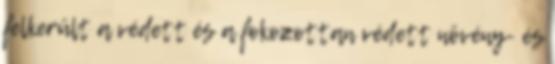
felkerült a védett és a fokozottan védett növény- és